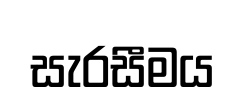
සැරසීමය